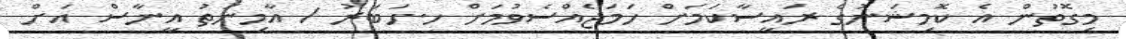
މިގޮތުން އެ ކޮމިޝަނުގެ ރައީސާކަމަށް ހަމަޖެއްސެވުމަށް ހ.ހަބަރު / އާމިނަތު އީނާސް އަށް